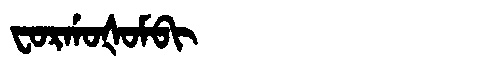
Manchu: ᠸᠣᡵᡤᠣᡧᠣᠮᠪᡳ
Romanization: FORGOŠOMBI